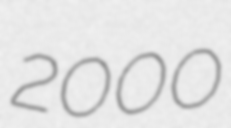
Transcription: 2000